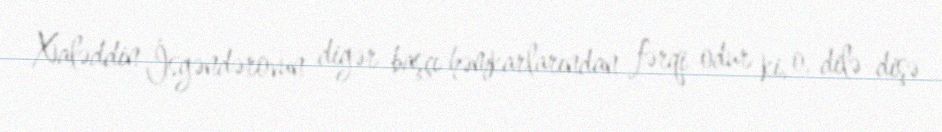
Xaləddin İsgəndərovun digər başçı həmkarlarından fərqi odur ki, o, dilə-dişə